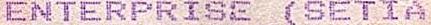
ENTERPRISE (SETIA